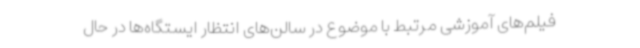
فیلم‌های آموزشی مرتبط با موضوع در سالن‌های انتظار ایستگاه‌ها در حال